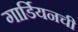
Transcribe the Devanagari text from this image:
गार्डियनची